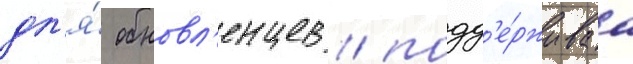
дл'я́ обновл'енцев / подд'е́рживаа